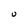
Character: U